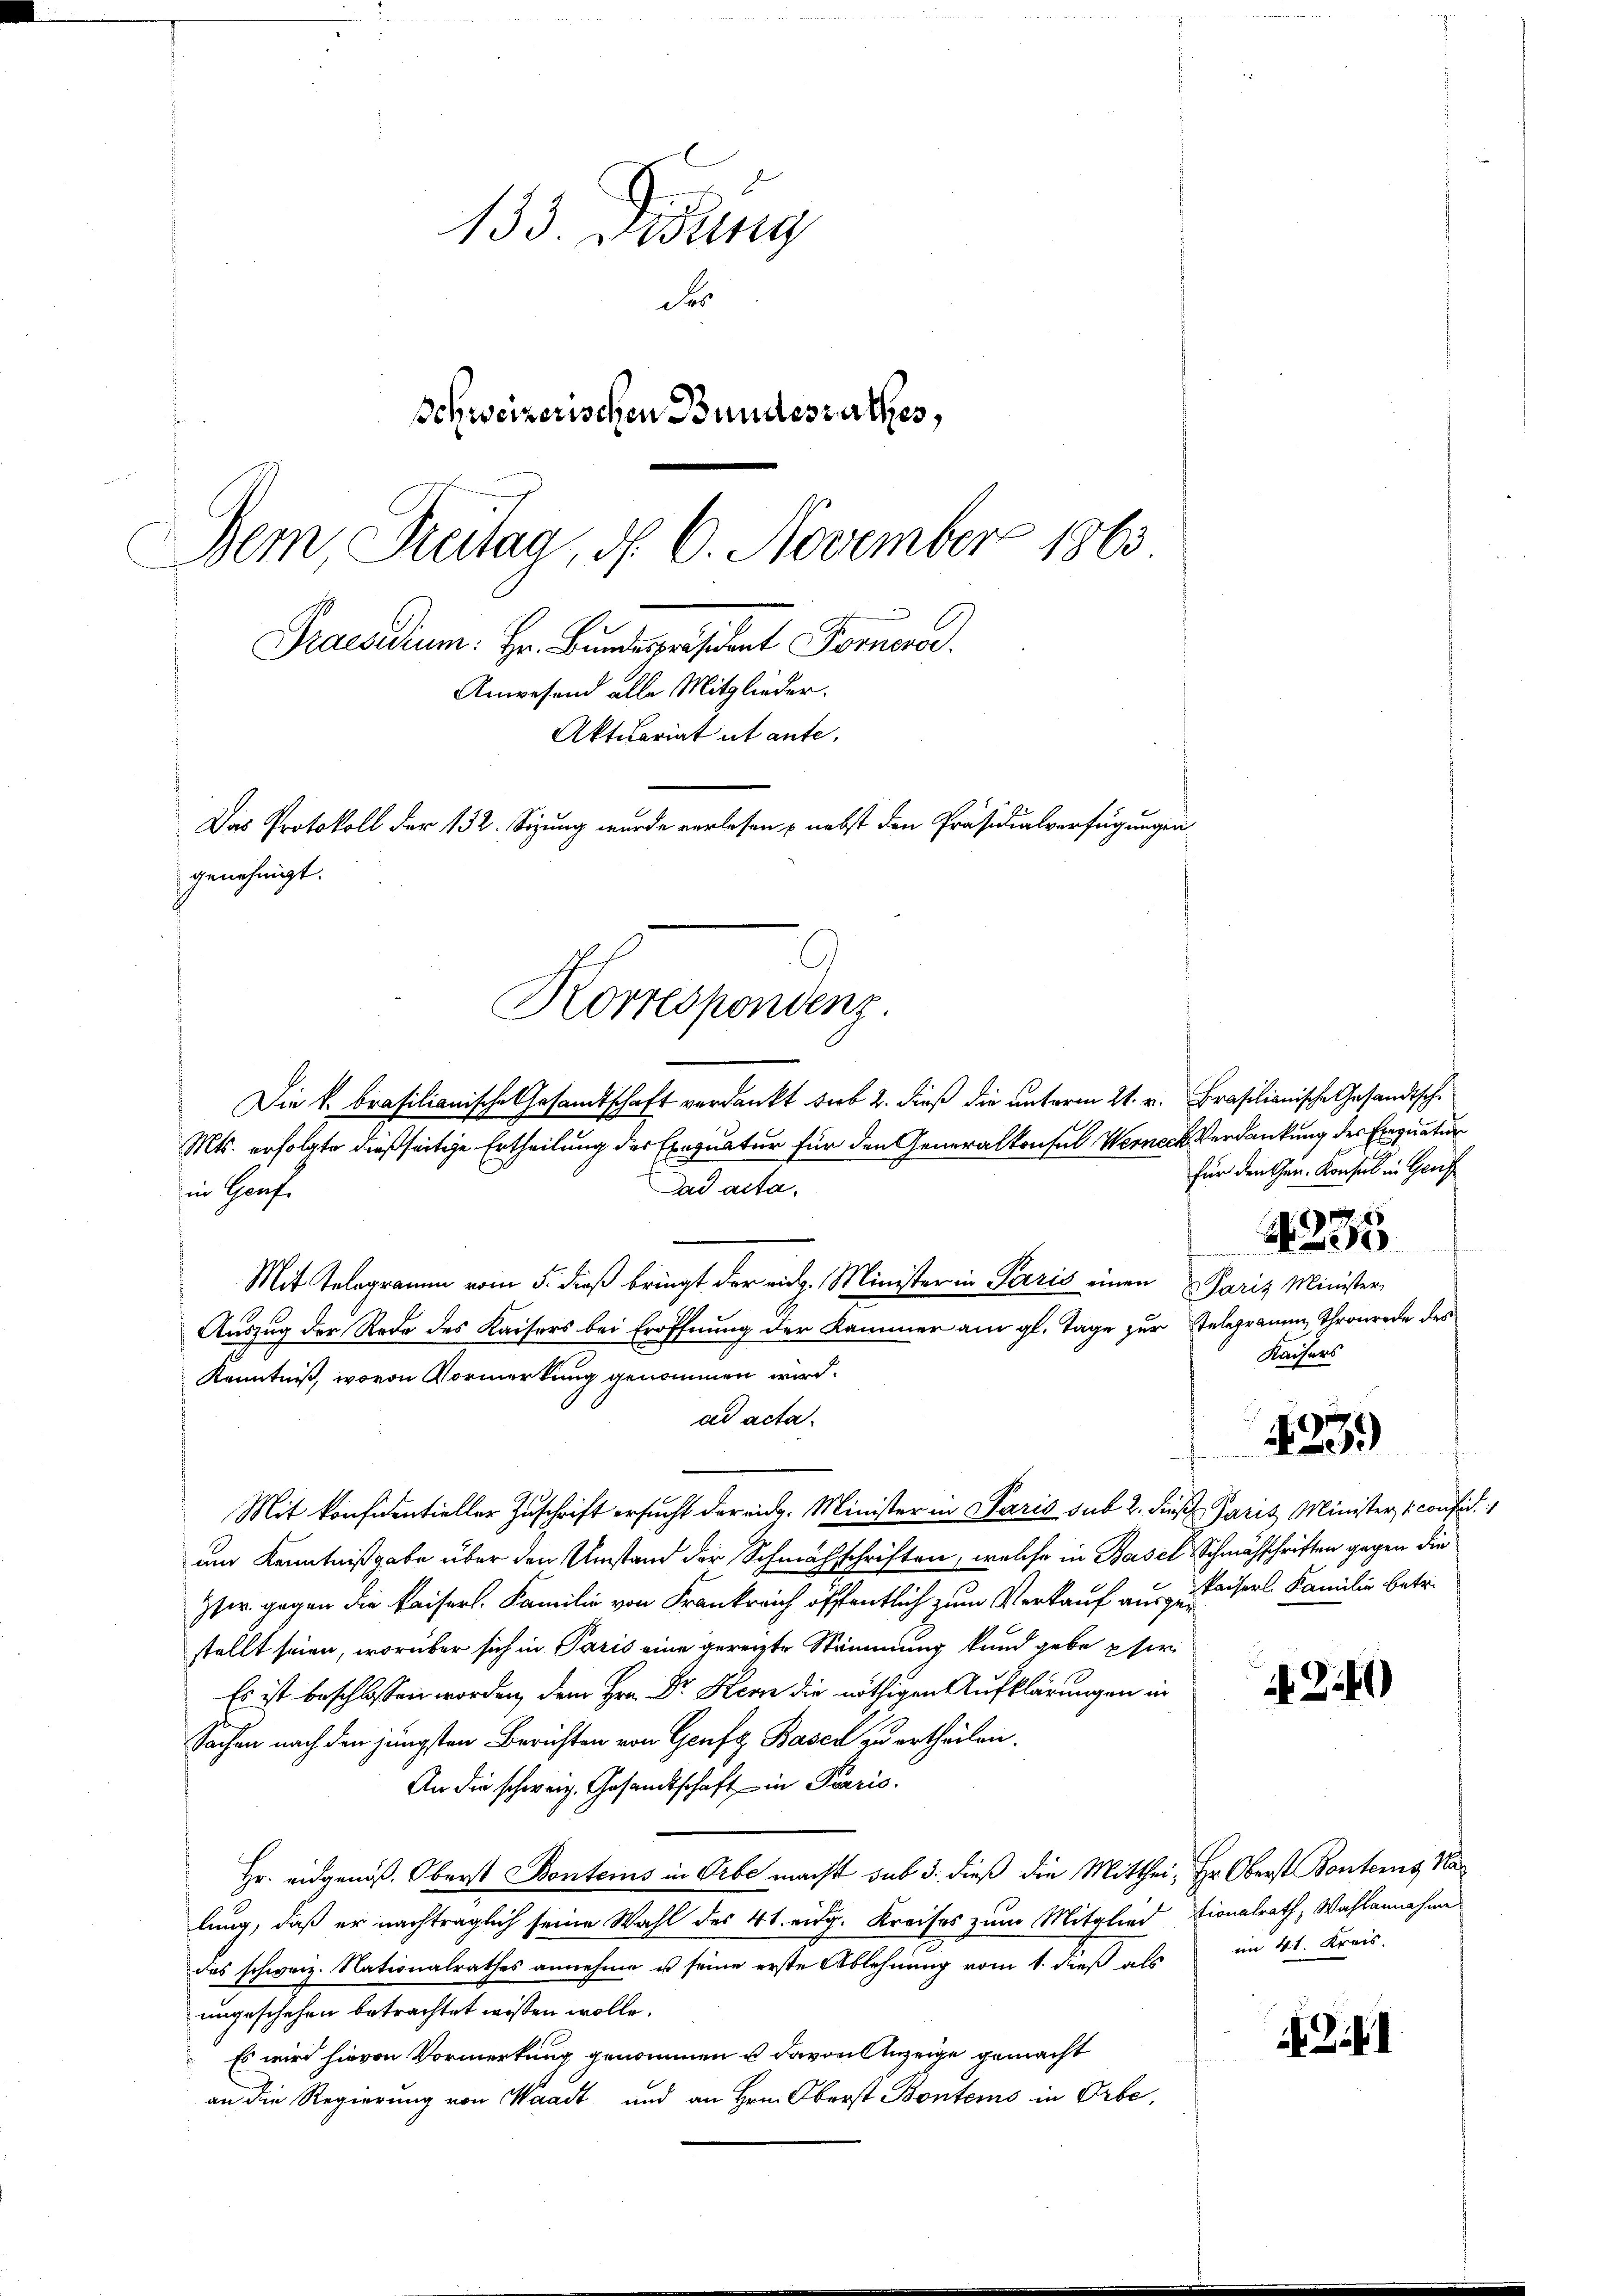
133. Dedung
de
Schweizerischen Bundesrathes,
Dem Treitag, d. 6. November 1863
Praesidium. Hr. Bundepräsident Formen
Anwesend alle Mitglieder.
Aktuariat ut ante,
Das Protokoll der 132. Sizung wurde verlesen & nebst den Präsidialverfügungen
genehmigt.
9
Korrespondenz

Die k. Brasilianische Gesandtschaft verdankt sub 2. dieß die unterm 21. v. Brasilianische Gesandtsch¬
Mts. erfolgte dießseitige Ertheilung des Exequatur für den Generalkonsul Werneck Verdankung des Einquatur

ad acta.
Ein Grafe
Mit Telegramm vom 5. dieß bringt der rich. Minister in Paris einen Paris Minister
Auszug der Rede des Kaisers bei Eröffnung der Kammer am gl. Tage zur telegramm Thronrede des
Kenntniß, wovon Vormerkung genommen wird.
ad acta.
Mit konfidentieller Zuschrift ersucht der eidg. Minister in Paris sub 2. dies Paris Minister confid.
um Kenntnißgabe über den Umstand der Schmähschriften, welche in Basel Schmähschriften gegen die
Iter gegen die Kaisers. Familie von Frankreich öffentlich zum Verkauf aus zu Kaiserl. Familie betr.
stellt seien, worüber sich in Paris eine gereizte Stimmung kund gebe pfer
Es ist beschlossen worden, dem Hrn. Dr. Hern die nöthigen Aufklärungen in
Sachen nach den jüngsten Berichten von Genfg Basel zu ertheilen.
An die schweiz. Gesandtschaft in Paris.
Hr. eidgenöß. Oberst Bontems in Orbe macht sub 3. dieß die Mitthei- Hr. Oberst Bonters, Nalung, daß er nachträglich seine Wahl des 41. eidg. Kreises zum Mitglied Lionalrath, Wahlannahme
des schweiz. Nationalrathes annehme es seine erste Ablehnung vom 1. dieß als
ungeschehen betrachtet wissen wolle.
Es wird hievon Vormerkung genommen u. davon Anzeige gemacht
an die Regierung von Waadt und an Hrn. Oberst Bontems in Orbe,

für den Gen. Konsul in Genf

Kaisers

N 225

23.)

A 240

im 41. Kreis.

N 224.